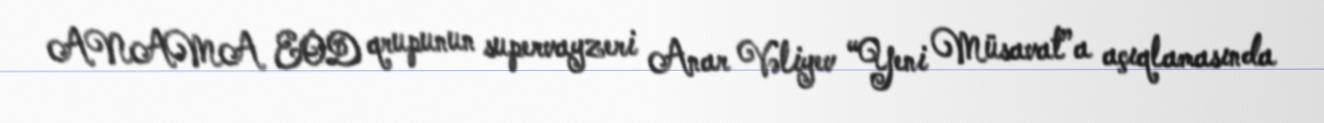
ANAMA EOD qrupunun supervayzeri Anar Vəliyev “Yeni Müsavat”a açıqlamasında